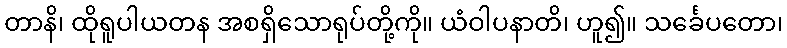
တာနိ၊ ထိုရူပါယတန အစရှိသောရုပ်တို့ကို။ ယံဝါပနာတိ၊ ဟူ၍။ သင်္ခေပတော၊